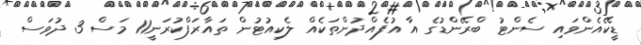
ޑީކޭއެންވައި ސެންޓު ބްރޭންޑުގެ އާ އުފެއްދުންތަކެއް ލެކިއުޓުން ތައާރަފްކުރަނީ11 މަސް 3 ދުވަސް